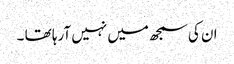
ان کی سمجھ میں نہیں آرہا تھا ۔